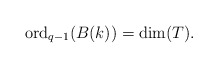
\begin{align*}\mathrm{ord}_{q-1}(B(k))=\dim(T). \end{align*}